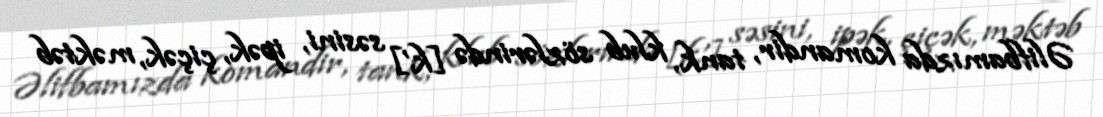
Əlifbamızda komandir, tank, klub sözlərində [k'] səsini, ipək, çiçək, məktəb